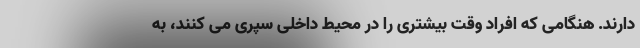
دارند. هنگامی که افراد وقت بیشتری را در محیط داخلی سپری می کنند، به